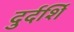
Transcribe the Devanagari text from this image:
दुर्दर्शि